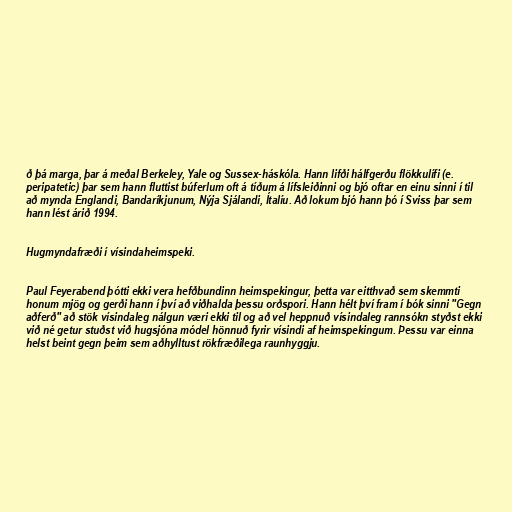
ð þá marga, þar á meðal Berkeley, Yale og Sussex-háskóla. Hann lifði hálfgerðu flökkulífi (e.
peripatetic) þar sem hann fluttist búferlum oft á tíðum á lífsleiðinni og bjó oftar en einu sinni í til
að mynda Englandi, Bandaríkjunum, Nýja Sjálandi, Ítalíu. Að lokum bjó hann þó í Sviss þar sem
hann lést árið 1994.

Hugmyndafræði í vísindaheimspeki.

Paul Feyerabend þótti ekki vera hefðbundinn heimspekingur, þetta var eitthvað sem skemmti
honum mjög og gerði hann í því að viðhalda þessu orðspori. Hann hélt því fram í bók sinni "Gegn
aðferð" að stök vísindaleg nálgun væri ekki til og að vel heppnuð vísindaleg rannsókn styðst ekki
við né getur stuðst við hugsjóna módel hönnuð fyrir vísindi af heimspekingum. Þessu var einna
helst beint gegn þeim sem aðhylltust rökfræðilega raunhyggju.